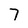
Character: 7